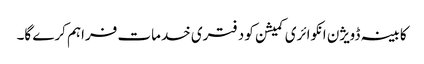
کابینہ ڈویژن انکوائری کمیشن کو دفتری خدمات فراہم کرے گا۔